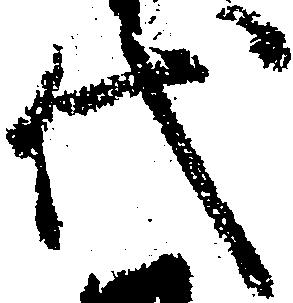
代